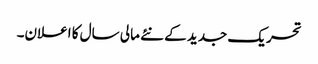
تحریک جدید کے نئے مالی سال کا اعلان۔